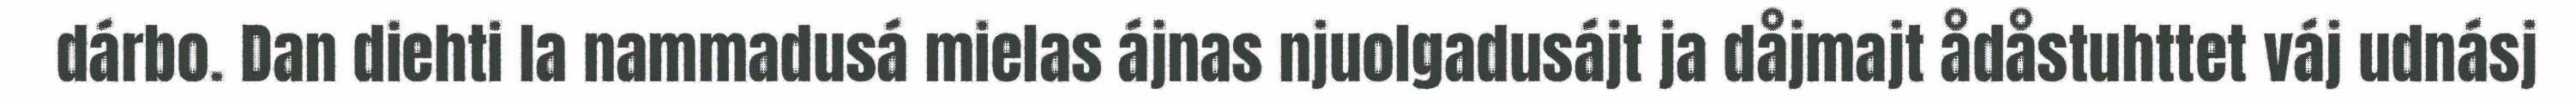
dárbo. Dan diehti la nammadusá mielas ájnas njuolgadusájt ja dåjmajt ådåstuhttet váj udnásj